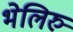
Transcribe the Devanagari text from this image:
भेलिरु